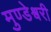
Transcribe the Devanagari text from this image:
मुण्डेश्वरी